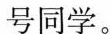
号同学。